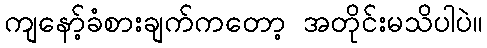
ကျနော့်ခံစားချက်ကတော့ အတိုင်းမသိပါပဲ။